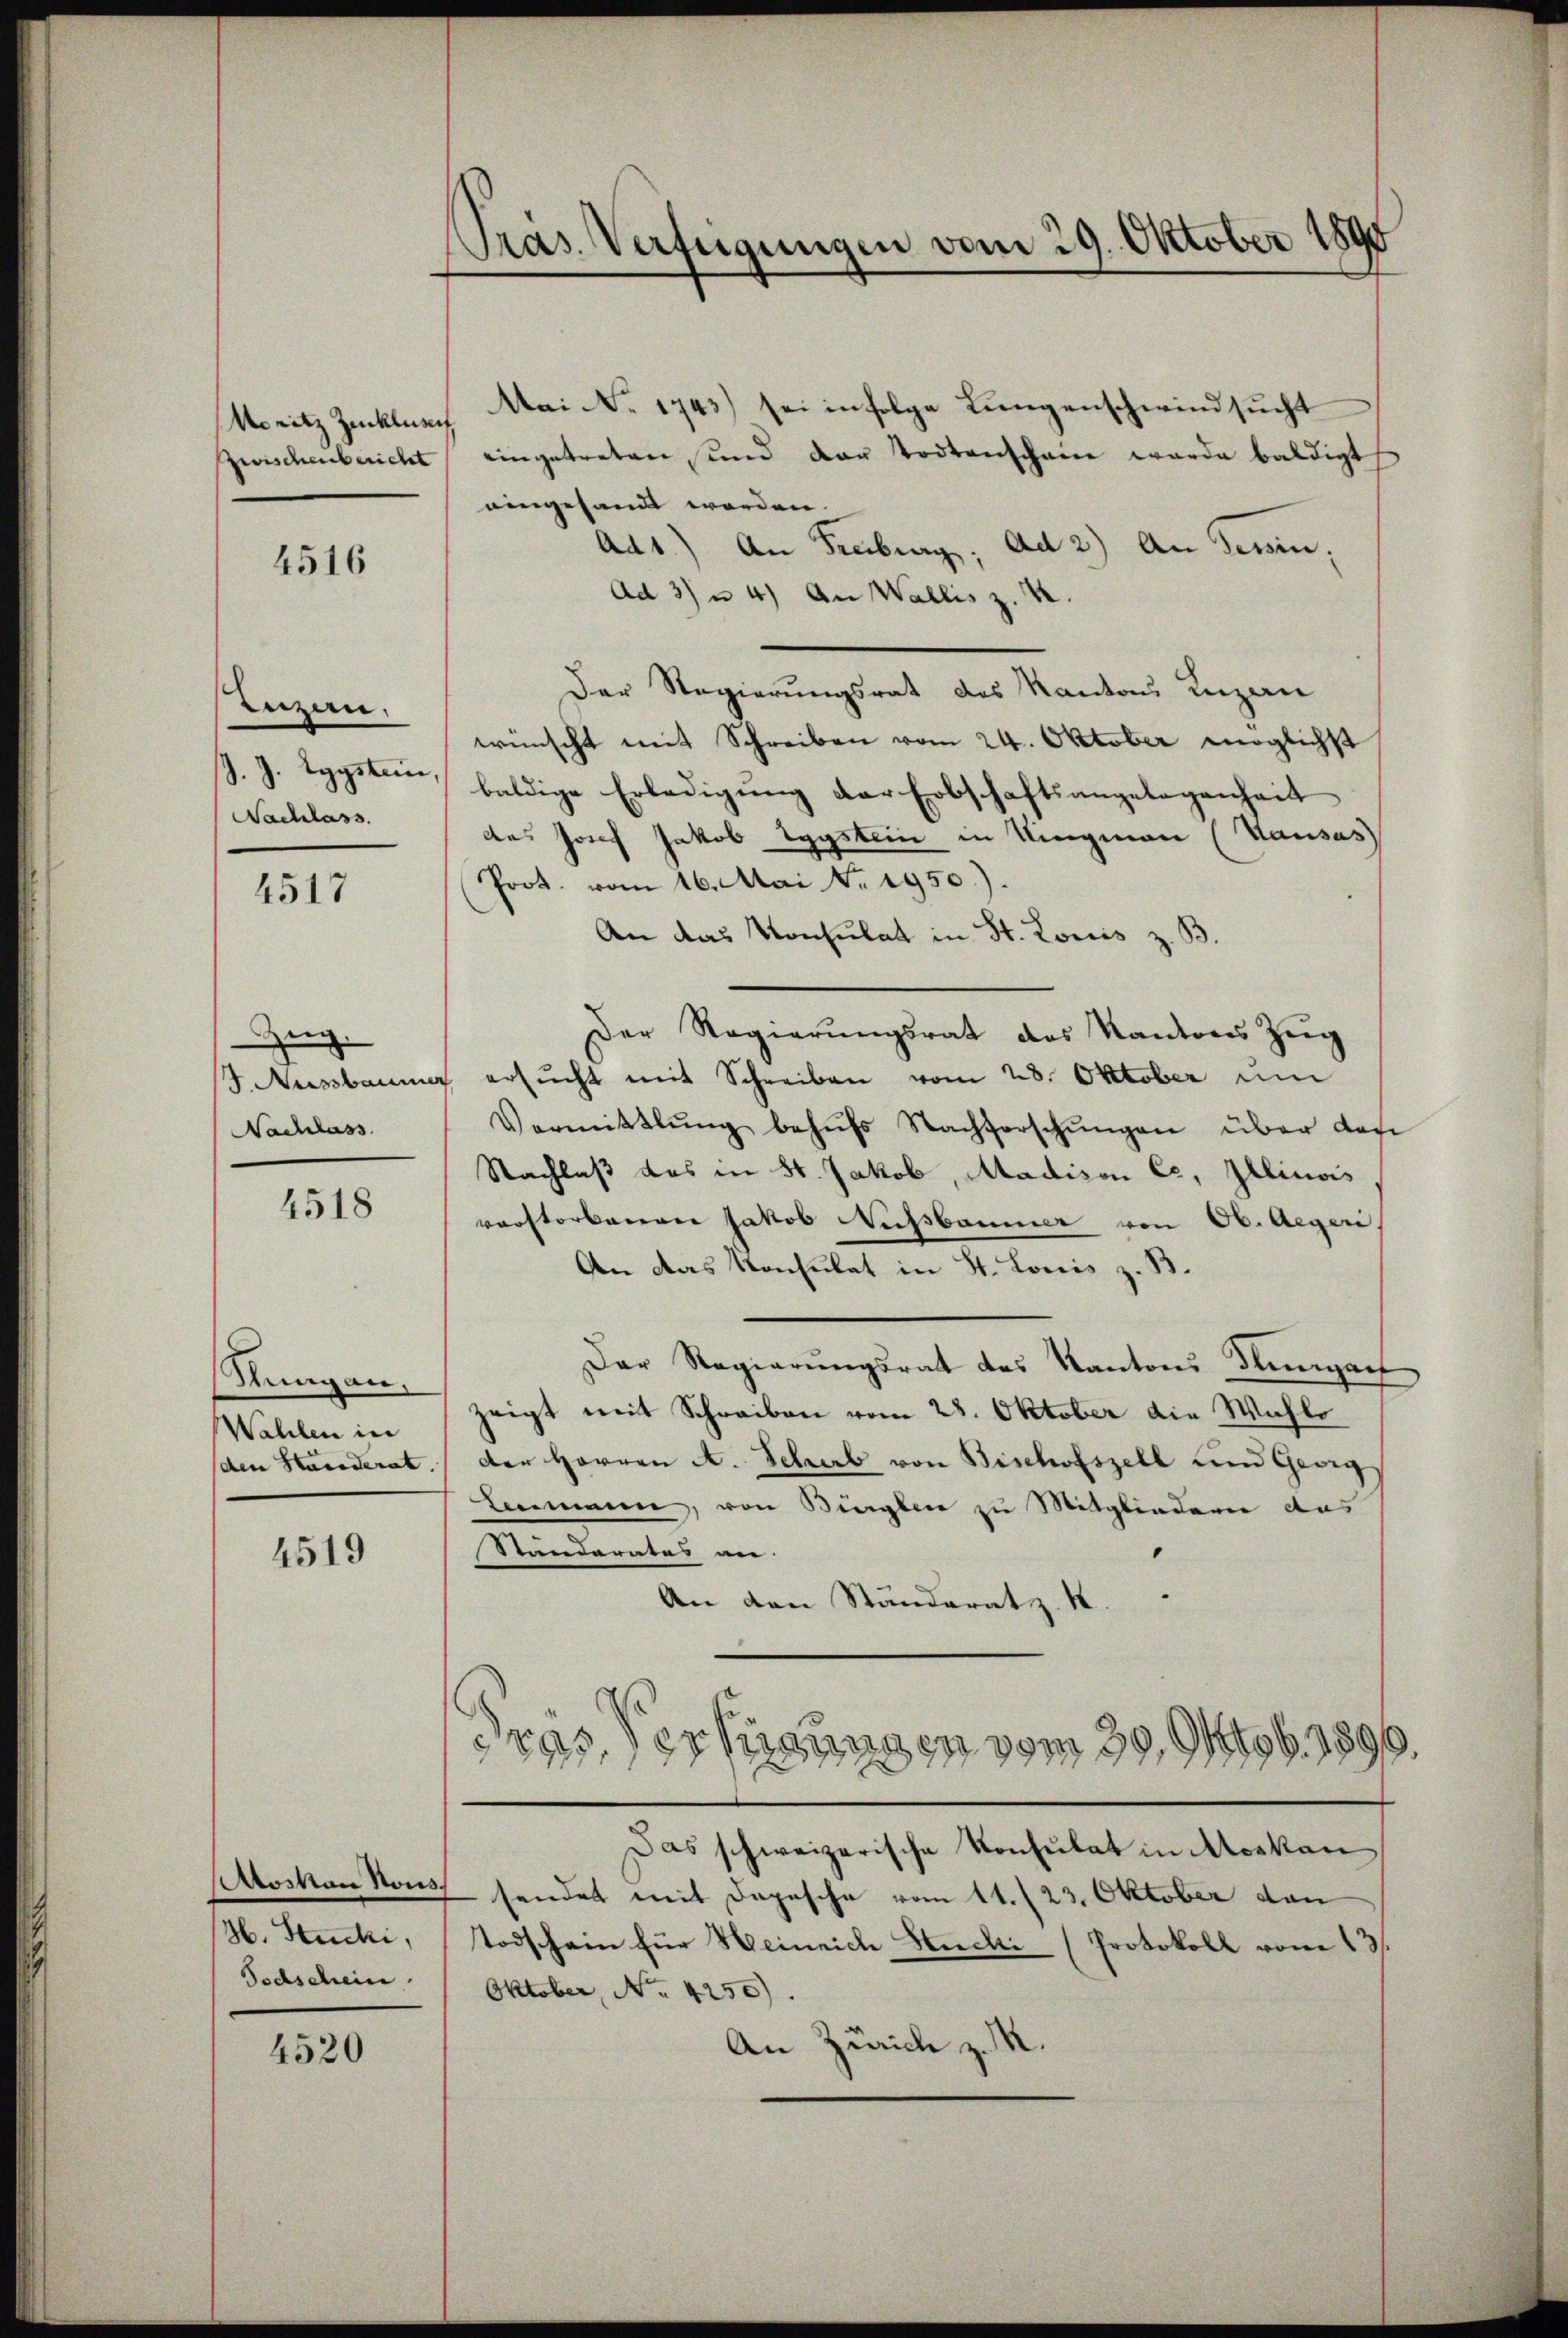
Moritz Zucklesch

4516

Enzen,
J. J. Eggsten,
Nachlass
4517

Zin
Nachlass

4518

Rungan.
Wahlen in

4519

Moston Nous.
H. Stucki,
Sochschein

4520

Pras. Verfügungen vom 29. Oktober 1890

Mai No 1743) sei infolge Lungenschwindsucht
zwischenbericht eingetreten, und dar todtenschaue werde baldigt
eingesandt worden.
Ad1.) An Freiburg, Ad 2) An Gewin,
Ad 3) u 4) An Wallis z. B.
Der Regierungsrat des Kantons Luzan
wünscht mit Schreiben vom 24. Oktober möglichst
buldige Erledigung der Erbschaftsangelegenheit
des Josef Jakob Typstein in Ringman (Kausas
Prot. vom 16. Mai No 1950.).
An das Konsulat in St. Louis z. B.
Der Regierungsrat des Kantons Zug
F. Ausbaum ersŭcht mit Schreiben vom 28. Oktober um
Vermittlung behŭfs Nachforschŭngen über den
Nachlaß das in St. Jakob, Madison Ce, Illinois
verstorbenen Jakob Nussbaumer von Ob. Aegeri
An das Konsulat in St. Lonis z. B.
Der Regierŭngsrat des Kantons Tungar
zeigt mit Schreiben vom 28. Oktober die Wahle
sden Standerat, der Herren A. Scherb von Bischofszell und Georg
Ammann, von Binglen zu Mitgliedern aus
Standerates an.
An den Ständeratz. K.
dres Verfügungen vom 30. Mob. 1890.
Das schweizerische Konsulat in Moskan
sendet mit Depesche vom 11. (23. Oktober den
Todschein für Heinrich Hucki (Protokoll vom 13.
Oktober, No. 4250).
An Zürich z. M.